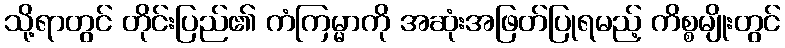
သို့ရာတွင် တိုင်းပြည်၏ ကံကြမ္မာကို အဆုံးအဖြတ်ပြုရမည့် ကိစ္စမျိုးတွင်